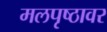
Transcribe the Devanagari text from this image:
मलपृष्ठावर